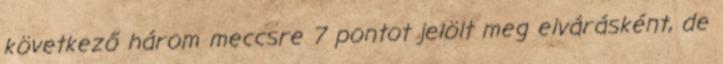
következő három meccsre 7 pontot jelölt meg elvárásként, de